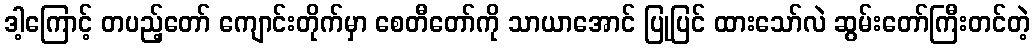
ဒါ့ကြောင့် တပည့်တော် ကျောင်းတိုက်မှာ စေတီတော်ကို သာယာအောင် ပြုပြင် ထားသော်လဲ ဆွမ်းတော်ကြီးတင်တဲ့